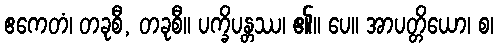
ဧကေတံ၊ တခုစီ, တခုစီ။ ပက္ခိပန္တဿ၊ ၏။ ပေ။ အာပတ္တိယော၊ စ၊